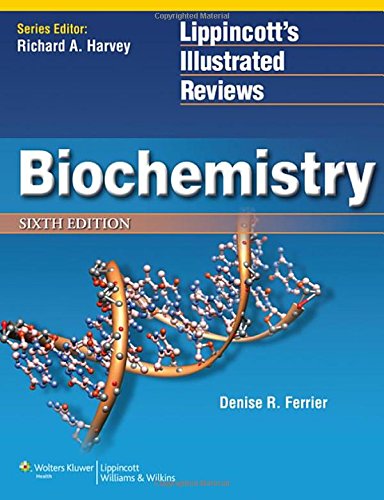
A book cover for Lippincott Illustrated Reviews Flash Cards: Biochemistry (Lippincott Illustrated Reviews Series); Denise R. Ferrier PhD; Test Preparation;